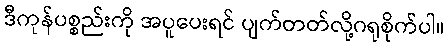
ဒီကုန်ပစ္စည်းကို အပူပေးရင် ပျက်တတ်လို့ဂရုစိုက်ပါ။